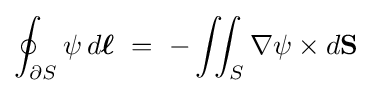
\oint _{\partial S}\psi \,d{\boldsymbol {\ell }}\ =\ -\iint _{S}\nabla \psi \times d\mathbf {S}